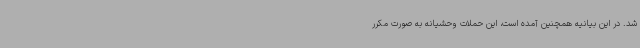
شد. در این بیانیه همچنین آمده است، این حملات وحشیانه به صورت مکرر